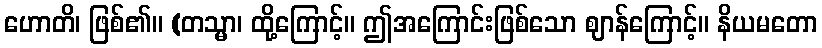
ဟောတိ၊ ဖြစ်၏။ (တသ္မာ၊ ထို့ကြောင့်။ ဤအကြောင်းဖြစ်သော ဈာန်ကြောင့်။ နိယမတော